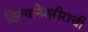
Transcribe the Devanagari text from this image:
दिल्यानेशरीराची